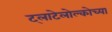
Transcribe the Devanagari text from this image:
ट्लाटेलोल्कोच्या